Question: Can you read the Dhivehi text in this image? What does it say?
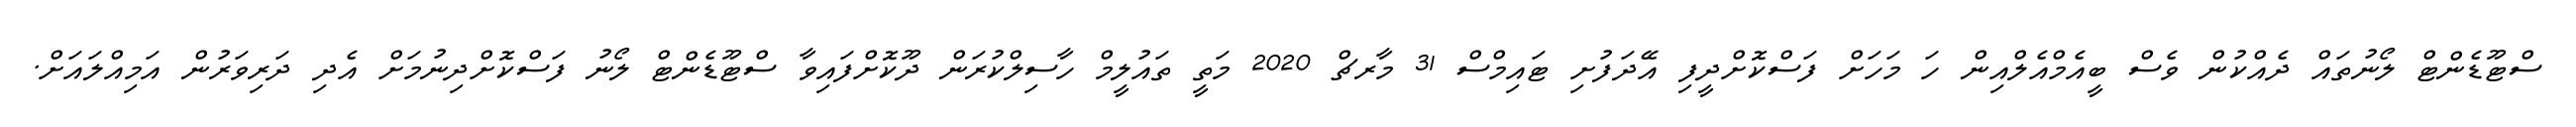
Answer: ސްޓޫޑެންޓް ލޯނުތައް ދެއްކުން ވެސް ބީއެމްއެލްއިން ހަ މަހަށް ފަސްކޮށްދީފި އޭދަފުށި ޓައިމްސް 31 މާރޗް 2020 މަތީ ތައުލީމް ހާސިލްކުރަން ދޫކޮށްފައިވާ ސްޓޫޑެންޓް ލޯނު ފަސްކޮށްދިނުމަށް އެދި ދަރިވަރުން އަމިއްލައަށް.